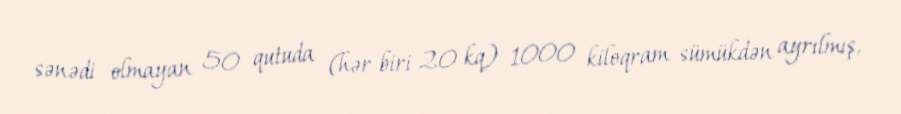
sənədi olmayan 50 qutuda (hər biri 20 kq) 1000 kiloqram sümükdən ayrılmış,